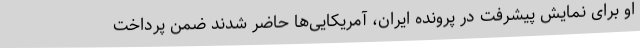
او برای نمایش پیشرفت در پرونده ایران، آمریکایی‌ها حاضر شدند ضمن پرداخت